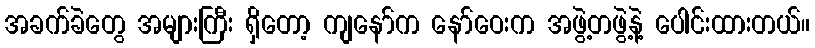
အခက်ခဲတွေ အများကြီး ရှိတော့ ကျနော်က နော်ဝေးက အဖွဲ့တဖွဲ့နဲ့ ပေါင်းထားတယ်။